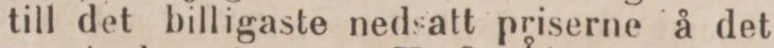
till det billigaste nedsatt priserne å det